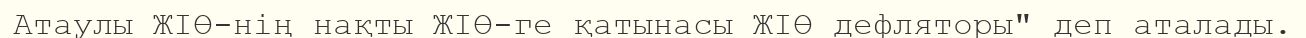
Атаулы ЖІӨ-нің нақты ЖІӨ-ге қатынасы ЖІӨ дефляторы" деп аталады.